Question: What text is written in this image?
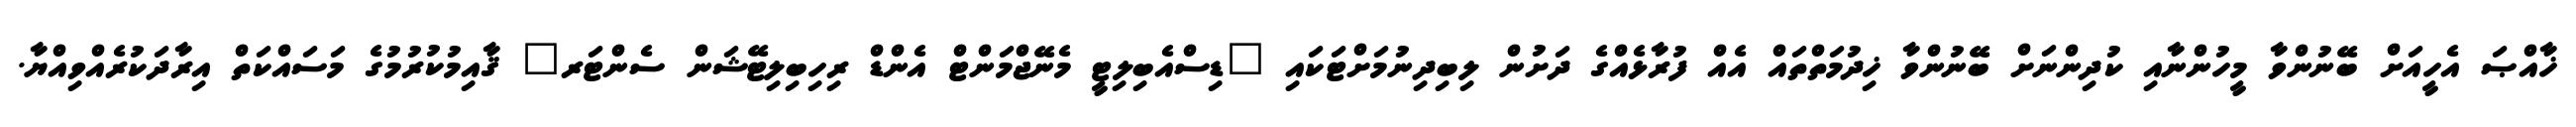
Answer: ޚާއްޞަ އެހީއަށް ބޭނުންވާ މީހުންނާއި ކުދިންނަށް ބޭނުންވާ ޚިދުމަތްތައް އެއް ފުރާޅެއްގެ ދަށުން ލިބިދިނުމަށްޓަކައި "ޑިސްއެބިލިޓީ މެނޭޖްމަންޓް އެންޑް ރިހިބިލިޓޭޝަން ސެންޓަރ" ޤާއިމުކުރުމުގެ މަސައްކަތް އިރާދަކުރެއްވިއްޔާ.